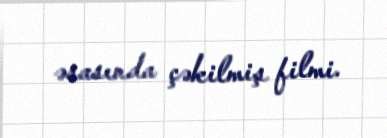
əsasında çəkilmiş filmi.